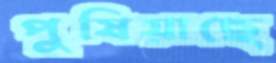
পুষিয়াছে